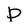
Character: P